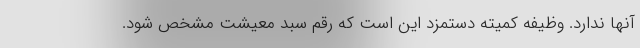
آنها ندارد. وظیفه کمیته دستمزد این است که رقم سبد معیشت مشخص شود.